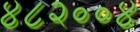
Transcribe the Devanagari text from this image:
४८२००४